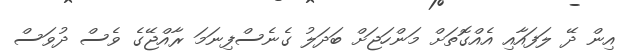
އިން ދޭ ލަފައާއި އެއްގޮތަށް މަންހަޖަށް ބަދަލު ގެނެސްފިނަމަ ރާއްޖޭގެ ވެސް ދުވަސް